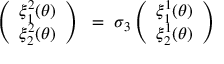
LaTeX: \left( \begin{array} { c } { { \xi _ { 1 } ^ { 2 } ( \theta ) } } \\ { { \xi _ { 2 } ^ { 2 } ( \theta ) } } \end{array} \right) ~ = ~ \sigma _ { 3 } \left( \begin{array} { c } { { \xi _ { 1 } ^ { 1 } ( \theta ) } } \\ { { \xi _ { 2 } ^ { 1 } ( \theta ) } } \end{array} \right)